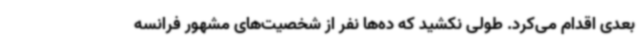
بعدی اقدام می‌کرد. طولی نکشید که ده‌ها نفر از شخصیت‌های مشهور فرانسه